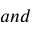
a n d